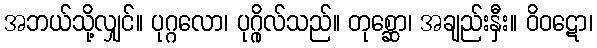
အဘယ်သို့လျှင်။ ပုဂ္ဂလော၊ ပုဂ္ဂိုလ်သည်။ တုစ္ဆော၊ အချည်းနှီး။ ဝိဝဋော၊